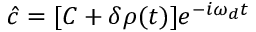
\hat { c } = [ C + \delta \rho ( t ) ] e ^ { - i \omega _ { d } t }